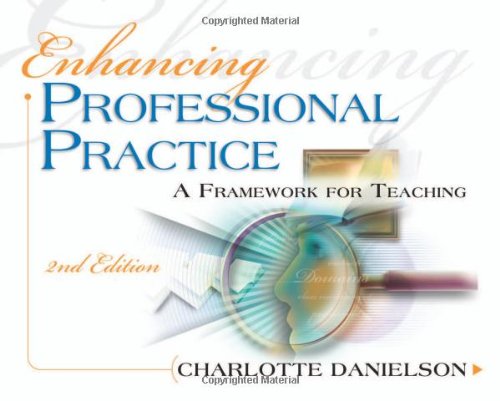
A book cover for Enhancing Professional Practice: A Framework for Teaching, 2nd Edition (Professional Development); Charlotte Danielson; Education & Teaching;